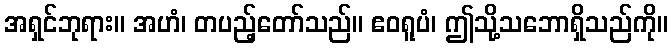
အရှင်ဘုရား။ အဟံ၊ တပည့်တော်သည်။ ဧဝရူပံ၊ ဤသို့သဘောရှိသည်ကို။